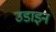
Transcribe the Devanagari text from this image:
उडाइन